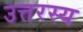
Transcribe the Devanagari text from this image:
उत्तरस्य